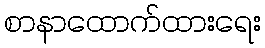
စာနာထောက်ထားရေး